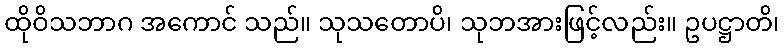
ထိုဝိသဘာဂ အကောင် သည်။ သုသတောပိ၊ သုဘအားဖြင့်လည်း။ ဥပဋ္ဌာတိ၊